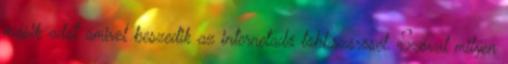
másik adót amivel beszedik az internetadó többszörösét. Szóval milyen